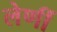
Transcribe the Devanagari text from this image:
लेणीं